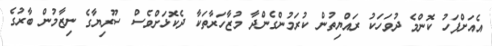
އެއަށްފަހު ކޮންމެ ދުވަހަކު ރައްޔިތުން ކުރަމުންގެންދާ މުޒާހަރާތަކާ ދެކޮޅަށްވެސް ސޫރިޔާގެ ނިޒާމުން ބާރުގެ